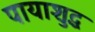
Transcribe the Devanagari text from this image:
पायाशुद्ध